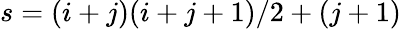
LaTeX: s=(i+j)(i+j+1)/2+(j+1)